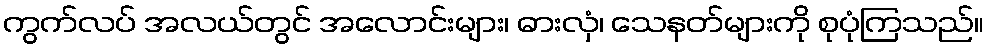
ကွက်လပ် အလယ်တွင် အလောင်းများ၊ ဓားလှံ၊ သေနတ်များကို စုပုံကြသည်။